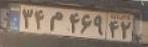
۳۴م۴۶۹۴۲